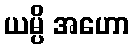
ယမ္ပိ အဟော